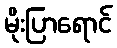
မိုးပြာရောင်